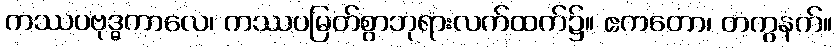
ကဿပဗုဒ္ဓကာလေ၊ ကဿပမြတ်စွာဘုရားလက်ထက်၌။ ဧကတော၊ တကွနက်။